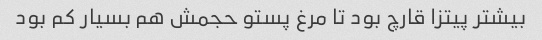
بیشتر پیتزا قارچ بود تا مرغ پستو حجمش هم بسیار کم بود